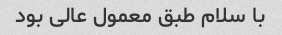
با سلام طبق معمول عالی بود